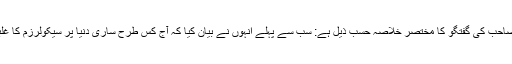
مفتی صاحب کی گفتگو کا مختصر خلاصہ حسب ذیل ہے: سب سے پہلے انہوں نے بیان کیا کہ آج کس طرح ساری دنیا پر سیکولرزم کا غلبہ ہے۔